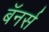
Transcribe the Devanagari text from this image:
बॅनर्स